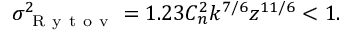
\sigma _ { \mathrm { ~ R ~ y ~ t ~ o ~ v ~ } } ^ { 2 } = 1 . 2 3 C _ { n } ^ { 2 } k ^ { 7 / 6 } z ^ { 1 1 / 6 } < 1 .